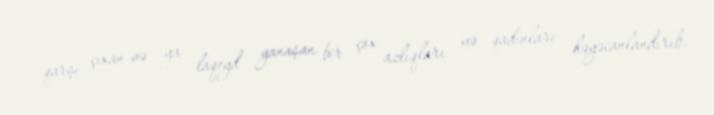
qarşı çıxan və ya laqeyd yanaşan bir çox azlıqları və qadınları həyəcanlandırıb.